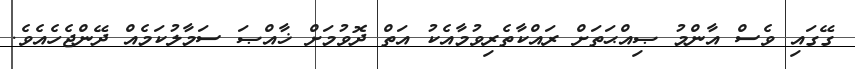
ގޭގައި ވެސް އާންމު ޞިއްޙަތަށް ރައްކާތެރިވުމާއެކު އަތް ދޮވުމަށް ޚާއްޞަ ސަމާލުކަމެއް ދޭންޖެހެއެވެ.